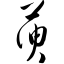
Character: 萸